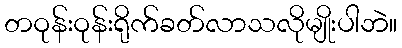
တဝုန်းဝုန်းရိုက်ခတ်လာသလိုမျိုးပါဘဲ။